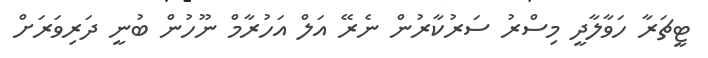
ޓީޗަރާ ހަވާލާދީ މިސްރު ސަރުކާރުން ނެރޭ އަލް އަހުރާމް ނޫހުން ބުނީ ދަރިވަރަށް